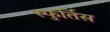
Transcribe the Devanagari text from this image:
स्फुर्तिस